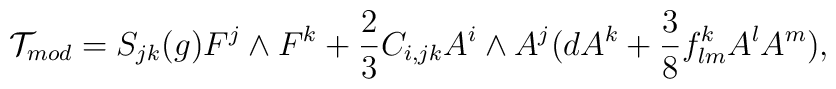
{\cal T}_{mod}=S_{jk}(g){F}^j\wedge{F}^k+\frac{2}{3}C_{i,jk}A^i\wedge A^j(dA^k+\frac{3}{8}f^k_{lm}A^lA^m),